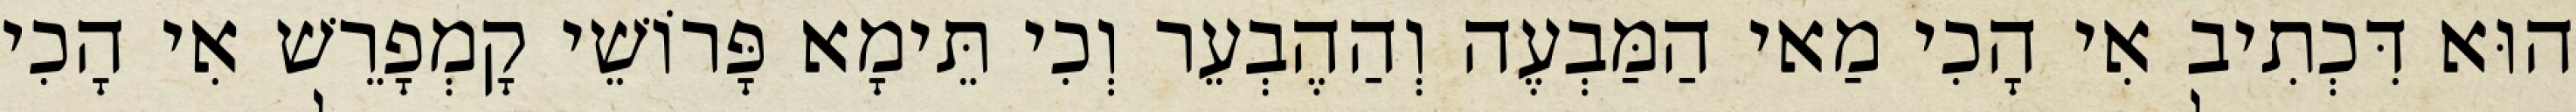
הוּא דִּכְתִיב אִי הָכִי מַאי הַמַּבְעֶה וְהַהֶבְעֵר וְכִי תֵּימָא פָּרוֹשֵׁי קָמְפָרֵשׁ אִי הָכִי